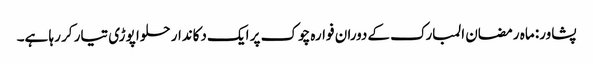
پشاور: ماہ رمضان المبارک کےدوران فوارہ چوک پر ایک دکاندار حلوا پوڑی تیار کر رہا ہے۔